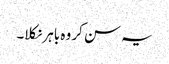
یہ سن کر وہ باہر نکلا۔